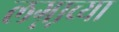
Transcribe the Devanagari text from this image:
लग्ना़च्या